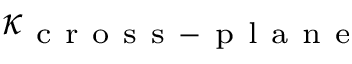
\kappa _ { \mathrm { ~ c ~ r ~ o ~ s ~ s ~ - ~ p ~ l ~ a ~ n ~ e ~ } }